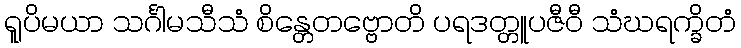
ရူပိမယာ သင်္ဂါမသီသံ စိန္တေတဗ္ဗောတိ ပရဒတ္တူပဇီဝီ သံဃရက္ခိတံ